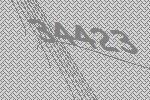
34423